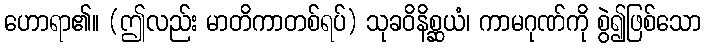
ဟောရာ၏။ (ဤလည်း မာတိကာတစ်ရပ်) သုခဝိနိစ္ဆယံ၊ ကာမဂုဏ်ကို စွဲ၍ဖြစ်သော